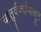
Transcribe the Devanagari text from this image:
चातुर्वर्ण्यापासून